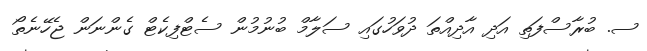
ސ. ބުރާސްފަތި އަދި އާދިއްތަ ދުވަހުގައި ސަލާމް ބުނުމުން ސެޓްފިކެޓް ގެންނަން ޖެހޭނެތޯ